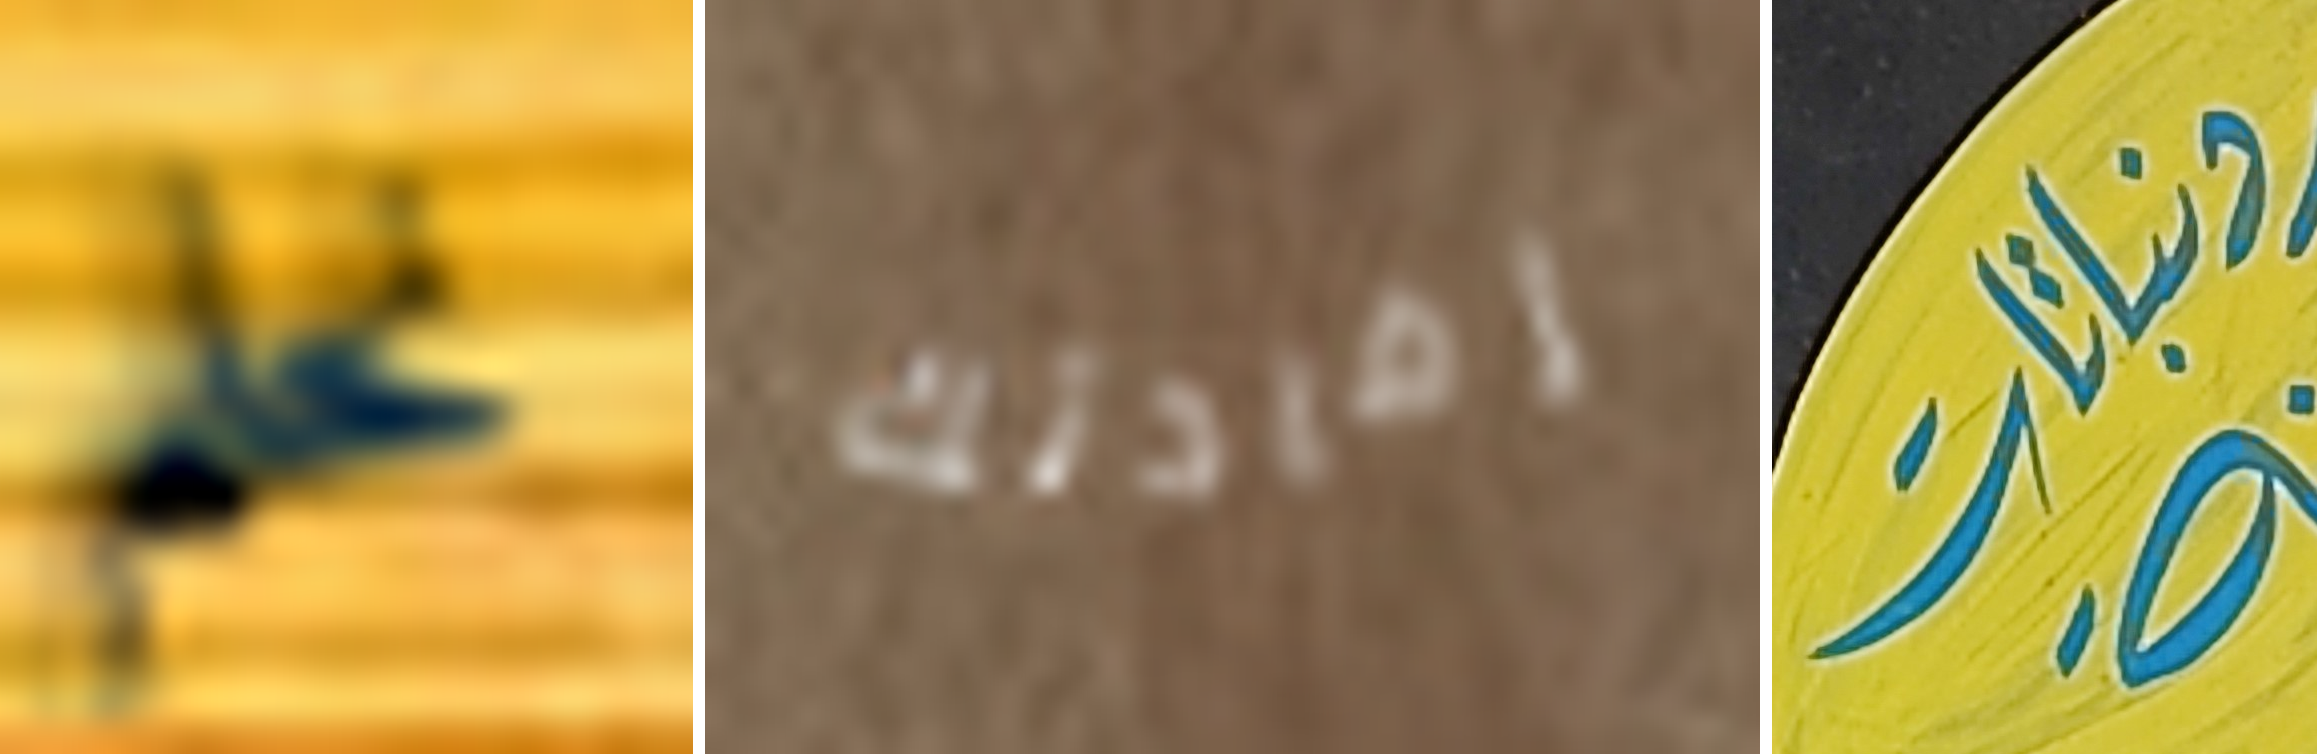
نحلم إفادتك ونباتات